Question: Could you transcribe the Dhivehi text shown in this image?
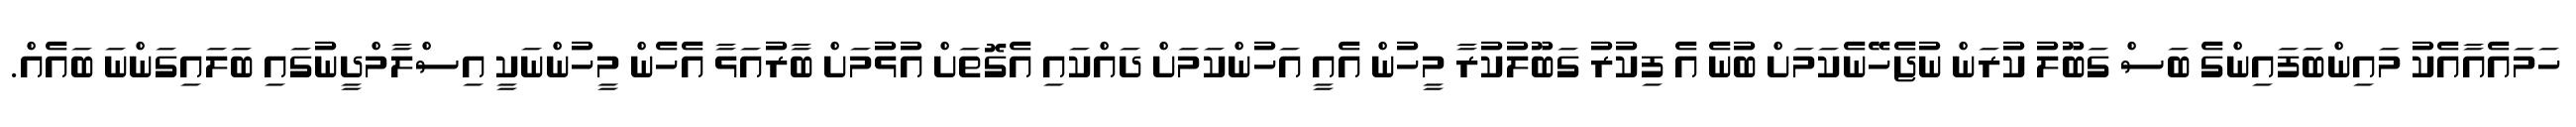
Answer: ހަމައެއާއެކު މައިންބަފައިންގެ ބަސް ގަބޫލު ކުރަން ނުޖެހޭނެކަމަށް ބުނެ އެ ފިކުރު ގަބޫލުކުރާ މީހުން އެއީ އަހުންކަމަށް ދައްކައި އެގޮތަށް އުޅުމަށް ބާރުއަޅާ އެހެން މީހުންނަކީ އިސްލާމްދީނުގައި ބަލައިގަންނަ ބައެއް.